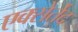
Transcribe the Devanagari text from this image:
एक्सेर्तेद